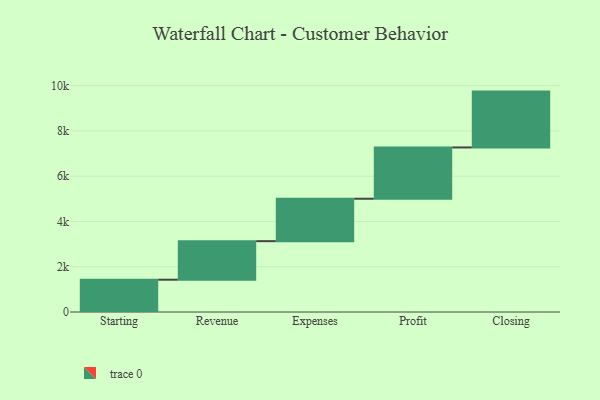
{"axis": {"x": "Step", "y": "Value"}, "legend": [""], "data": [{"x": "Starting", "y": 1427.0, "type": ""}, {"x": "Revenue", "y": 1703.0, "type": ""}, {"x": "Expenses", "y": 1874.0, "type": ""}, {"x": "Profit", "y": 2267.0, "type": ""}, {"x": "Closing", "y": 2467.0, "type": ""}]}